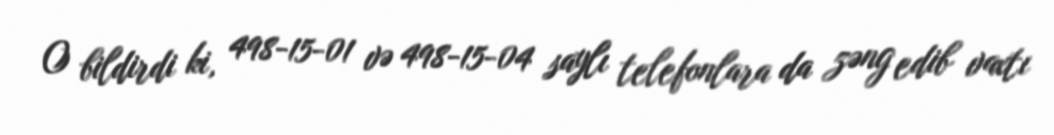
O bildirdi ki, 498-15-01 və 498-15-04 saylı telefonlara da zəng edib vaxtı